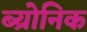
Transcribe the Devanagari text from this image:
ब्य्रोनिक